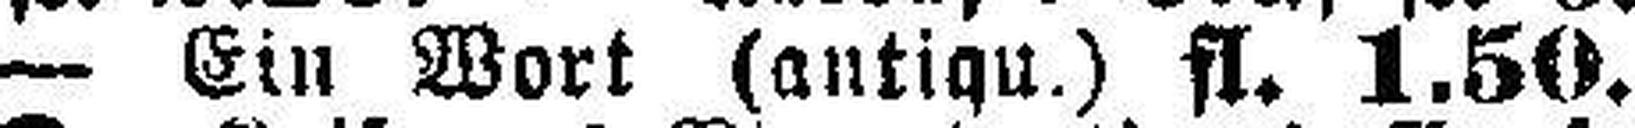
— Ein Wort (antiqu.) fl. 1.50.